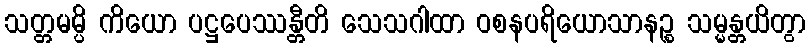
သတ္တမမ္ပိ ကိယော ပဋ္ဌပေဿန္တီတိ သေသဂါထာ ဝစနပရိယောသာနဉ္စ သမ္မန္တယိတွာ